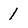
Character: 1